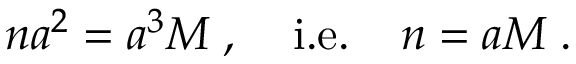
n a ^ { 2 } = a ^ { 3 } M \; , \; \; \; \; \mathrm { i . e . } \; \; \; \; n = a M \; .